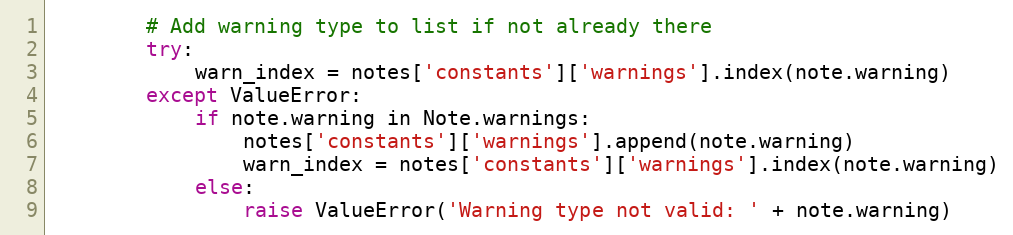
Language: Python
        # Add warning type to list if not already there
        try:
            warn_index = notes['constants']['warnings'].index(note.warning)
        except ValueError:
            if note.warning in Note.warnings:
                notes['constants']['warnings'].append(note.warning)
                warn_index = notes['constants']['warnings'].index(note.warning)
            else:
                raise ValueError('Warning type not valid: ' + note.warning)